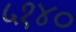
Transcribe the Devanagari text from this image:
५१४०